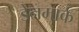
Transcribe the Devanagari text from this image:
डेेनमार्क